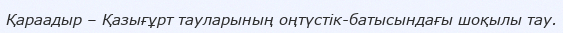
Қараадыр – Қазығұрт тауларының оңтүстік-батысындағы шоқылы тау.